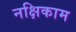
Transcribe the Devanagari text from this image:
नक्षिकाम